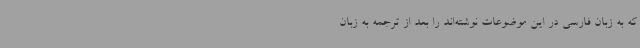
که به زبان فارسی در این موضوعات نوشته‌اند را بعد از ترجمه به زبان